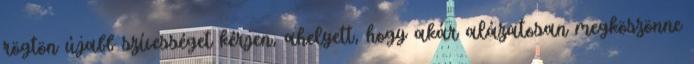
rögtön újabb szívességet kérjen, ahelyett, hogy akár alázatosan megköszönne